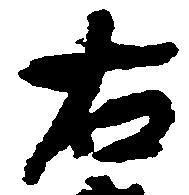
右